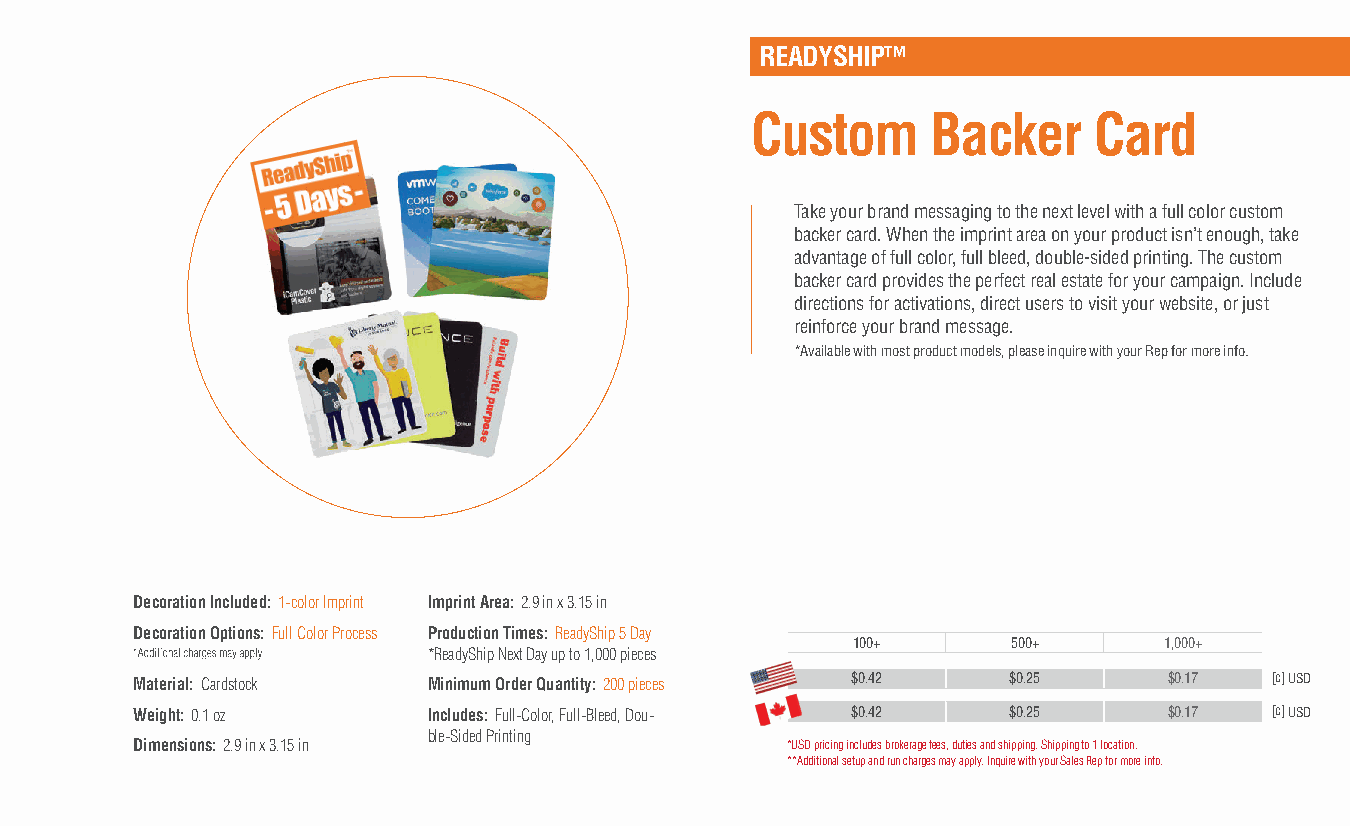
READYSHIP™
 Custom      Backer    Card
 Take your brand messaging to the next level with a full color custom
 backer card. When the imprint area on your product isn’t enough, take
 advantage of full color, full bleed, double-sided printing. The custom
 backer card provides the perfect real estate for your campaign. Include
 directions for activations, direct users to visit your website, or just
 reinforce your brand message.
 *Available with most product models, please inquire with your Rep for more info.
 Decoration Included: 1-color Imprint Imprint Area: 2.9 in x 3.15 in
 Decoration Options: Full Color Process Production Times: ReadyShip 5 Day
 100+       500+      1,000+
 *ReadyShip Next Day up to 1,000 pieces
 Material: Cardstock Minimum Order Quantity: 200 pieces $0.42 $0.25  $0.17  [c] USD
 Weight: 0.1 oz     Includes: Full-Color, Full-Bleed, Dou- $0.42 $0.25 $0.17 [c] USD
 ble-Sided Printing
 Dimensions: 2.9 in x 3.15 in               *USD pricing includes brokerage fees, duties and shipping. Shipping to 1 location.
 **Additional setup and run charges may apply. Inquire with your Sales Rep for more info.